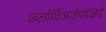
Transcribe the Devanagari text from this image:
छ्लोर्दिअज़ेपोक्षिदे